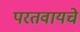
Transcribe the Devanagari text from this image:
परतवायचे